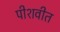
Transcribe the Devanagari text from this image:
पीशवीत